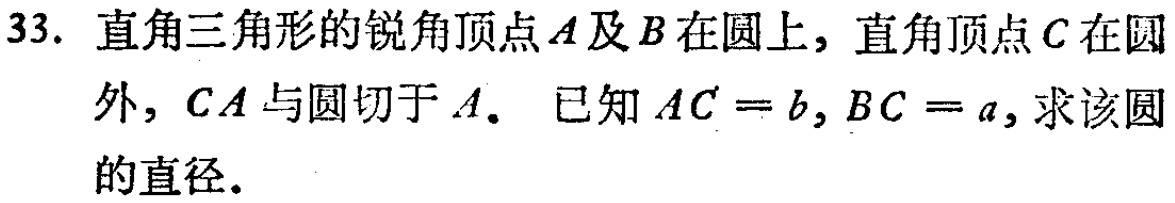
33. 直角三角形的锐角顶点\(A\)及\(B\)在圆上，直角顶点\(C\)在圆外，\(CA\)与圆切于\(A\)。 已知\(AC = b, BC = a\)，求该圆的直径。